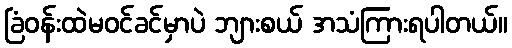
ခြံဝန်းထဲမဝင်ခင်မှာပဲ ဘျားစယ် အသံကြားရပါတယ်။